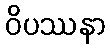
ဝိပဿနာ